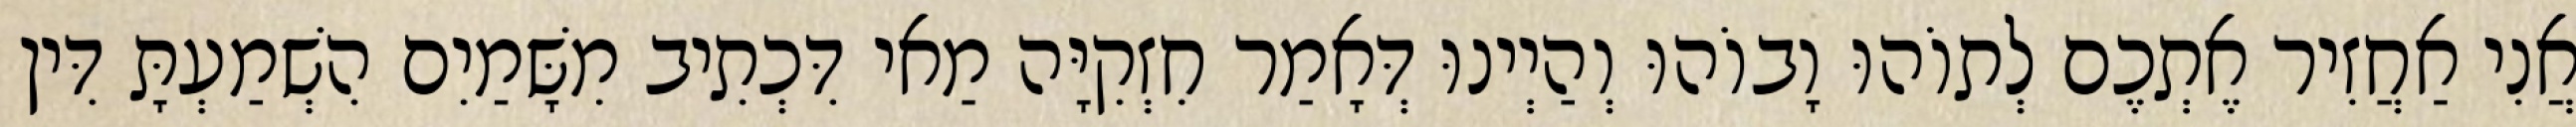
אֲנִי אַחֲזִיר אֶתְכֶם לְתוֹהוּ וָבוֹהוּ וְהַיְינוּ דְּאָמַר חִזְקִיָּה מַאי דִּכְתִיב מִשָּׁמַיִם הִשְׁמַעְתָּ דִּין